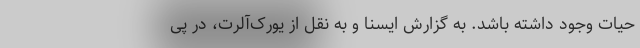
حیات وجود داشته باشد. به گزارش ایسنا و به نقل از یورک‌آلرت، در پی